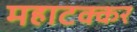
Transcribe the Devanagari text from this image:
महाटक्कर